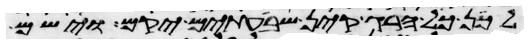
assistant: לכן כל הרג קין שבעתים יקם וישם